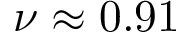
\nu \approx 0 . 9 1